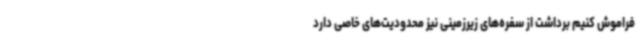
فراموش کنیم برداشت از سفره‌های زیرزمینی نیز محدودیت‌های خاصی دارد